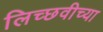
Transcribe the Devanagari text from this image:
लिच्छवीच्या